Vaccination in Bombay 1889-1901 - 1889-1901
Year: 1889
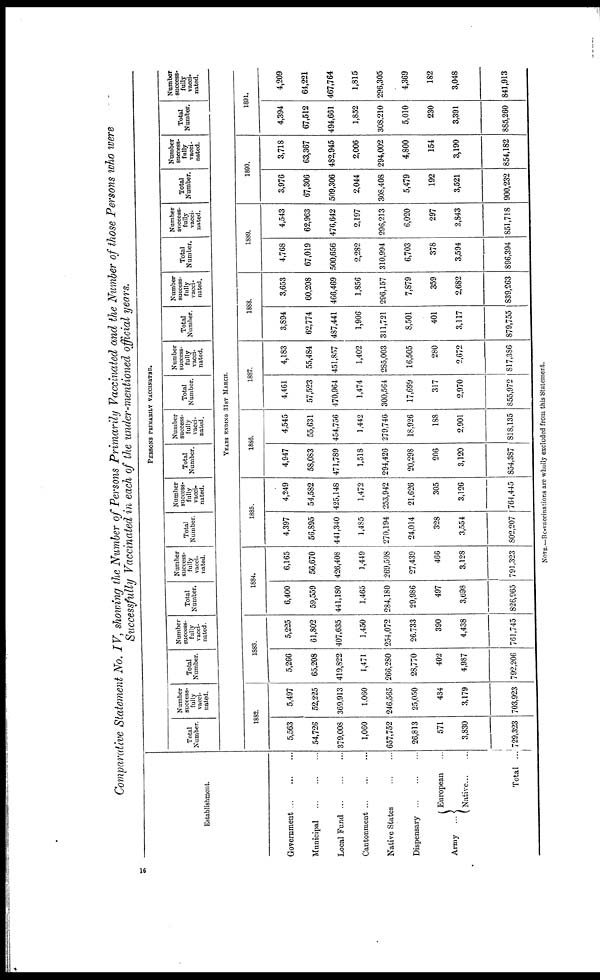
Comparative Statement No. IV, showing the Number of Persons Primarily Vaccinated and the Number of those Persons who were
Successfully Vaccinated in each of the under-mentioned official years.
Establishment.
Government
...
...
...
Municipal
...
...
...
Local Fund
...
...
...
Cantonment
...
...
...
Native States
...
...
Dispensary
...
...
...
Army ...
European ...
Native ... ...
Total ...
PERSONS PRIMARILY VACCINATED.
Total
Number.
Number
success-
fully
vacci-
nated.
Total
Number.
Number
success-
fully
vacci-
nated.
Total
Number.
Number
success-
fully
vacci-
nated.
Total
Number.
Number
success-
fully
vacci-
nated.
Total
Number.
Number
success-
fully
vacci-
nated.
Total
Number.
Number
success-
fully
vacci-
nated.
Total
Number.
Number
success-
fully
vacci-
nated.
Total
Number.
Number
success-
fully
vacci-
nated.
Total
Number.
Number
success-
fully
vacci-
nated.
Total
Number.
Number
success-
fully
vacci-
nated.
YEARS ENDING 31ST MARCH.
1882.
5,563
54,726
379,008
1,060
657,752
26,813
571
3,830
729,323
5,497
52,225
369,913
1,060
246,565
25,050
434
3,179
703,923
1883.
5,266
65,208
419,822
1,471
266,280
28,770
402
4,987
792,206
5,225
61,802
407,635
1,450
254,072
26,733
390
4,438
761,745
1884.
6,400
59,559
441,180
1,465
284,180
29,986
497
3,698
826,965
6,165
56,670
426,408
1,449
269,598
27,439
466
3,128
791,323
1885.
4,397
56,895
441,340
1,485
270,194
24,014
328
3,554
802,207
4,249
54,582
425,148
1,472
253,942
21,626
305
3,126
764,445
1886.
4,947
58,083
471,789
1,518
294,426
20,298
206
3,120
854,387
4,545
55,631
454,756
1,442
279,746
18,926
188
2,901
818,135
1887.
4,461
57,523
470,964
1,474
300,564
17,699
317
2,970
855,972
4,183
55,484
451,857
1,402
285,003
16,505
280
2,672
817,386
1888.
3,894
62,774
487,441
1,906
311,721
8,501
401
3,117
879,755
3,653
60,208
466,469
1,856
296,157
7,879
359
2,682
839,263
1889.
4,768
67,019
500,656
2,282
310,994
6,703
378
3,594
896,394
4,543
62,963
476,642
2,197
296,213
6,020
297
2,843
851,718
1890.
3,976
67,306
509,306
2,044
308,408
5,479
192
3,521
900,232
3,718
63,367
482,945
2,006
294,002
4,800
154
3,190
854,182
1891.
4,394
67,512
494,661
1,852
308,210
5,010
230
3,391
885,260
4,209
64,221
467,764
1,815
296,305
4,369
182
3,048
841,913
NOTE.— Re-vaccinations are wholly excluded from this Statement.
16